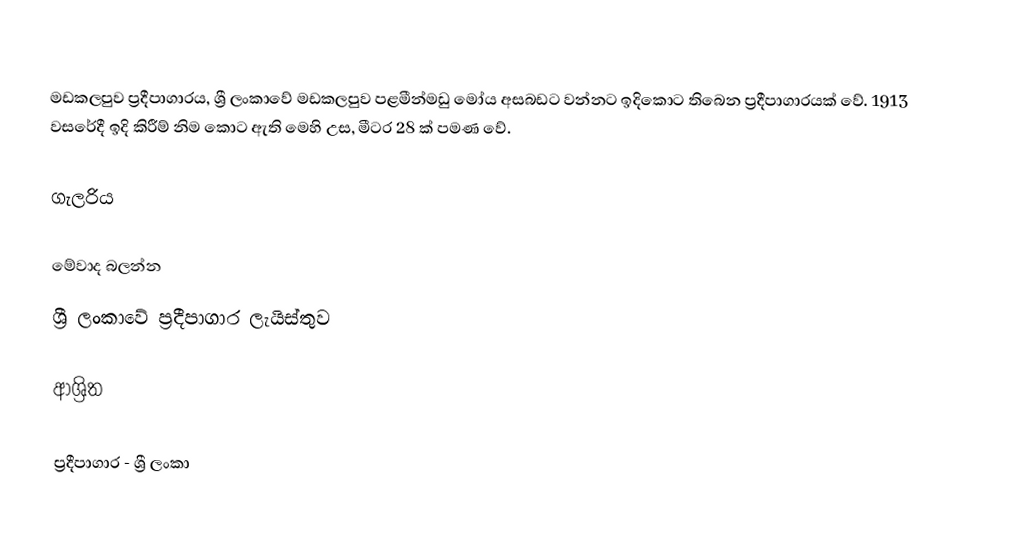
මඩකලපුව ප්‍රදීපාගාරය, ශ්‍රී ලංකාවේ මඩකලපුව පළමීන්මඩු මෝය අසබඩට වන්නට ඉදිකොට තිබෙන ප්‍රදීපාගාරයක් වේ. 1913 වසරේදී ඉදි කිරීම් නිම කොට  ඇති මෙහි උස, මීටර 28 ක් පමණ වේ.

ගැලරිය

මේවාද බලන්න
 ශ්‍රී ලංකාවේ ප්‍රදීපාගාර ලැයිස්තුව

ආශ්‍රිත

ප්‍රදීපාගාර - ශ්‍රී ලංකා